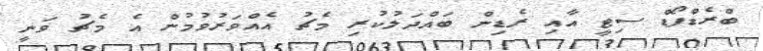
ބްރެޑްފޯޑް ސިޓީ އާއި ރެޑިން ބައްދަލުކުރި މެޗު އެއްވަރުވުމުން އެ މެޗު ވަނީ